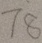
7 8